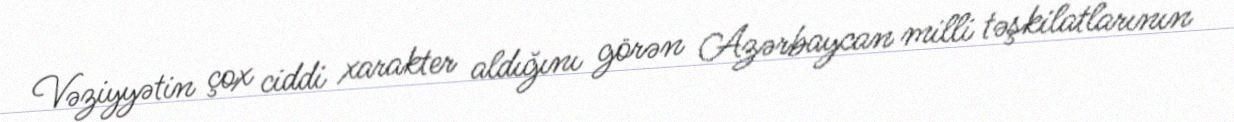
Vəziyyətin çox ciddi xarakter aldığını görən Azərbaycan milli təşkilatlarının